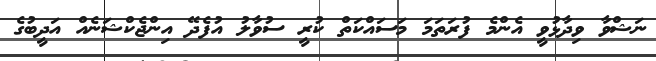
ނަޝްވާ ވިދާޅުވީ އެންމެ ފުރަތަމަ މަސައްކަތް ކުރީ ސުވާލު އުފެދޭ އިންޖެކްޝަނެއް އަދީބުގެ